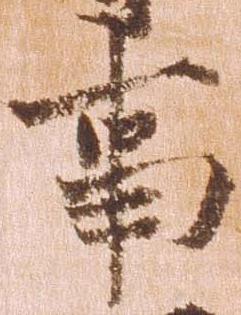
事